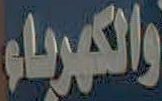
والكهرباء